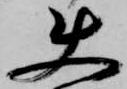
使